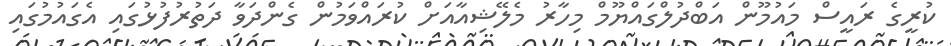
ކުރީގެ ރައީސް މައުމޫން އަބްދުލްގައްޔޫމް މިހާރު މެލޭޝިއާއަށް ކުރައްވަމުން ގެންދަވާ ދަތުރުފުޅުގައި އެގައުމުގައި